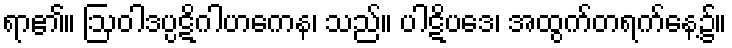
ရာ၏။ ဩဝါဒပ္ပဋိဂါဟကေန၊ သည်။ ပါဋိပဒေ၊ အထွက်တရက်နေ့၌။